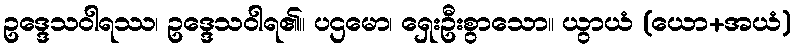
ဥဒ္ဒေသဝါရဿ၊ ဥဒ္ဒေသဝါရ၏။ ပဌမော၊ ရှေးဦးစွာသော။ ယွာယံ (ယော+အယံ)